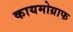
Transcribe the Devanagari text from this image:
कायमोग्राफ